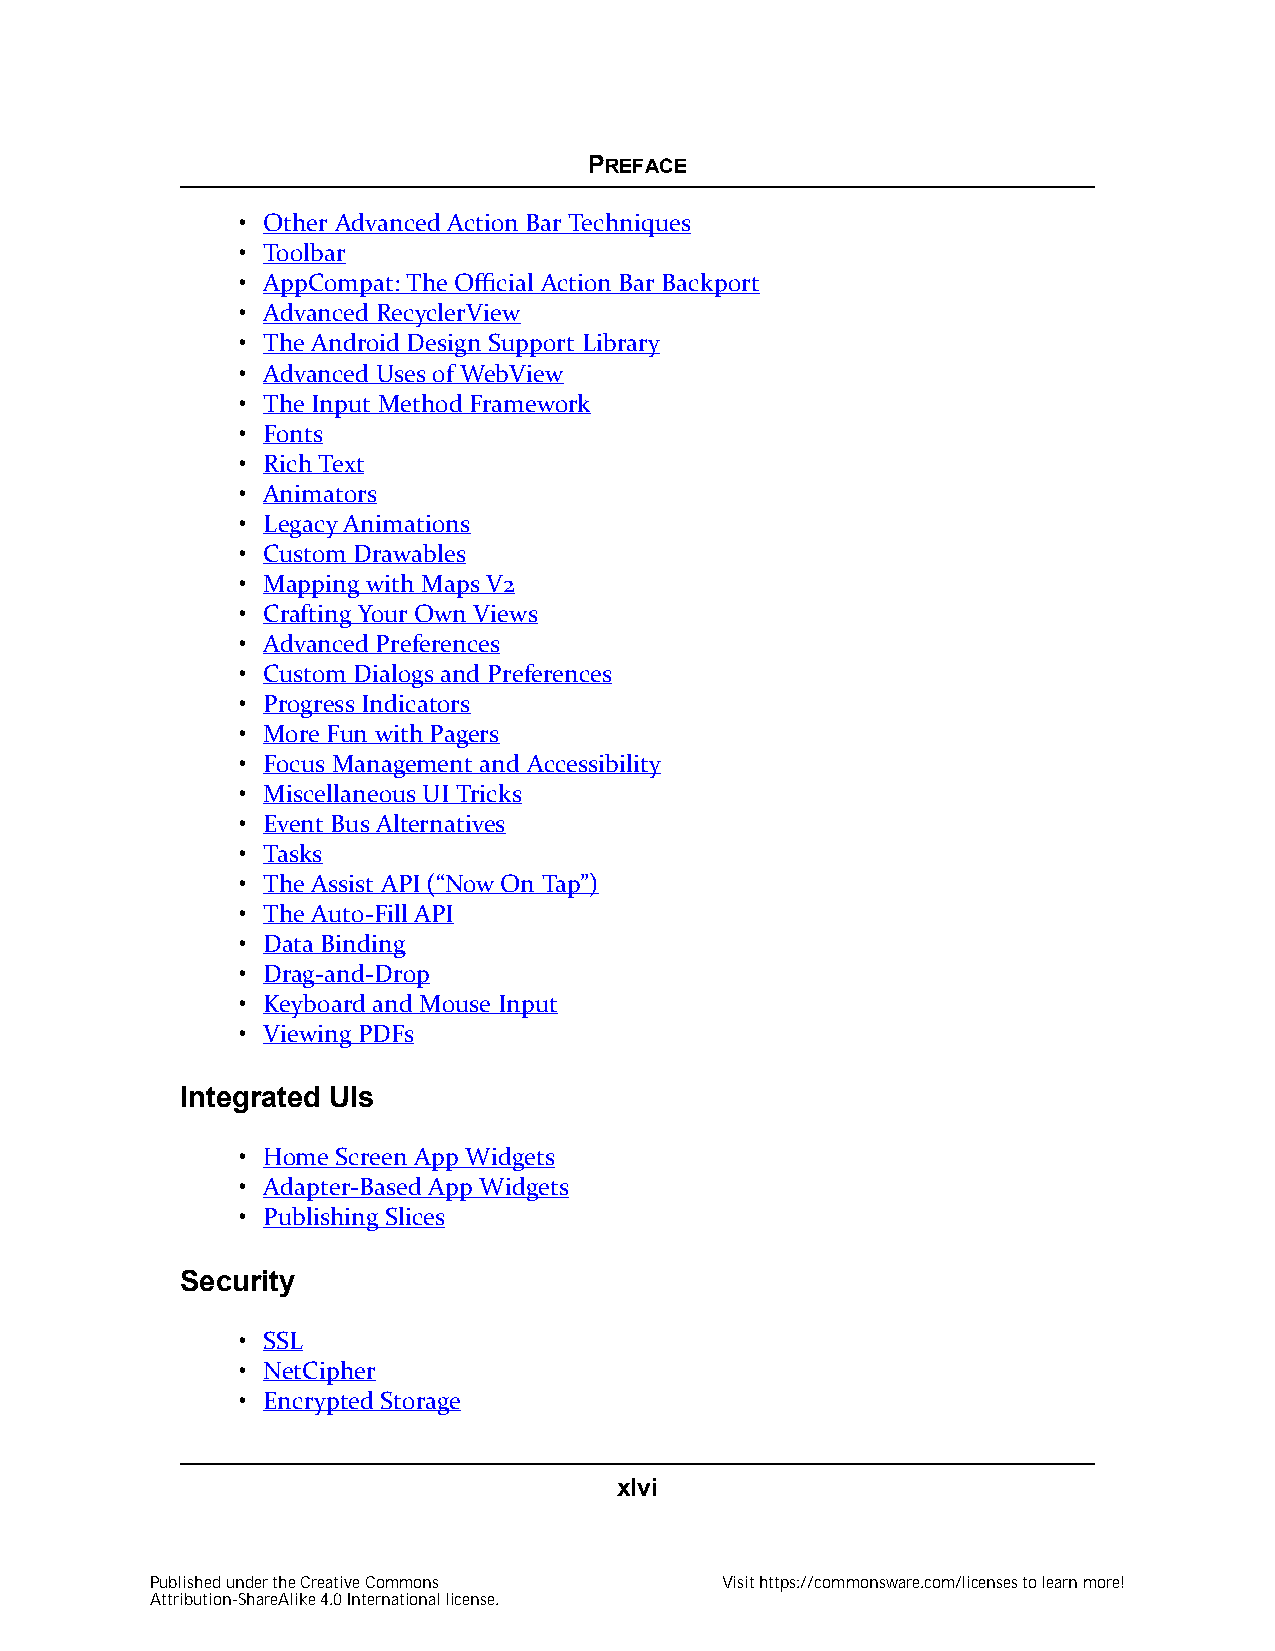
PREFACE
 • Other Advanced Action Bar Techniques
 • Toolbar
 • AppCompat: The Official Action Bar Backport
 • Advanced RecyclerView
 • The Android Design Support Library
 • Advanced Uses of WebView
 • The Input Method Framework
 • Fonts
 • Rich Text
 • Animators
 • Legacy Animations
 • Custom Drawables
 • Mapping with Maps V2
 • Crafting Your Own Views
 • Advanced Preferences
 • Custom Dialogs and Preferences
 • Progress Indicators
 • More Fun with Pagers
 • Focus Management and Accessibility
 • Miscellaneous UI Tricks
 • Event Bus Alternatives
 • Tasks
 • The Assist API (“Now On Tap”)
 • The Auto-Fill API
 • Data Binding
 • Drag-and-Drop
 • Keyboard and Mouse Input
 • Viewing PDFs
 Integrated UIs
 • Home Screen App Widgets
 • Adapter-Based App Widgets
 • Publishing Slices
 Security
 • SSL
 • NetCipher
 • Encrypted Storage
 xlvi
 Published under the Creative Commons  Visit https://commonsware.com/licenses to learn more!
 Attribution-ShareAlike 4.0 International license.